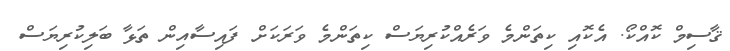
ޤާސިމް ކޮއްކޯ. އެކޮއި ކިތަންމެ ވަރެއްކުރިޔަސް ކިތަންމެ ވަރަކަށް ފައިސާއިން ތަޅާ ބަލިކުރިޔަސް